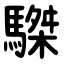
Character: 䮪